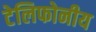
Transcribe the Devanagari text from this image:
टेलिफोनीय